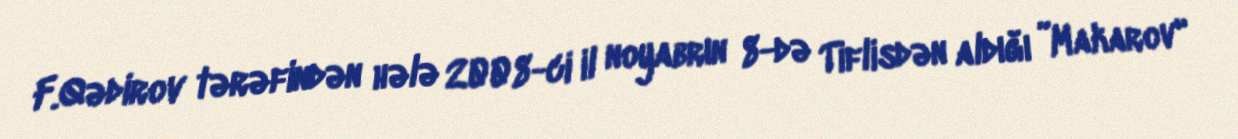
F.Qədirov tərəfindən hələ 2008-ci il noyabrın 8-də Tiflisdən aldığı ”Makarov"